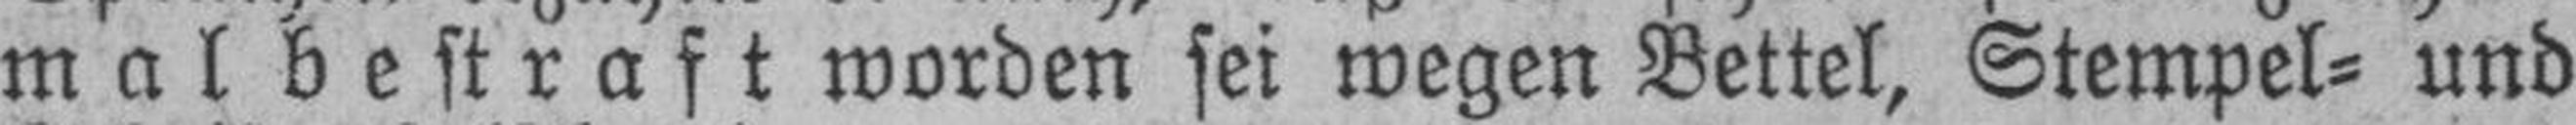
malbestraft worden sei wegen Bettel, Stempel= und